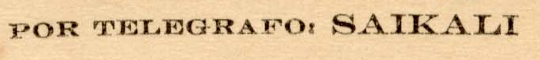
POR TELEGRAFO: SAIKALI